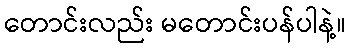
တောင်းလည်း မတောင်းပန်ပါနဲ့။